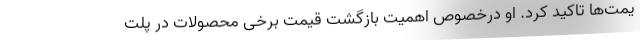
یمت‌ها تاکید کرد. او درخصوص اهمیت بازگشت قیمت برخی محصولات در پلت